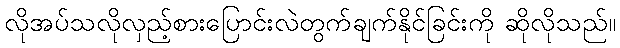
လိုအပ်သလိုလှည့်စားပြောင်းလဲတွက်ချက်နိုင်ခြင်းကို ဆိုလိုသည်။